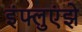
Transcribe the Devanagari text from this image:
इंफ्लुएंझे